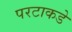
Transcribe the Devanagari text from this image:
परटाकडे